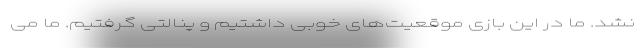
نشد. ما در این بازی موقعیت‌های خوبی داشتیم و پنالتی گرفتیم. ما می